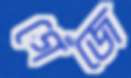
গেঁজে